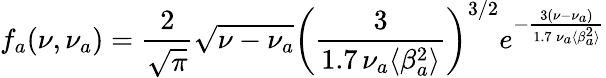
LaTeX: f_{a}(\nu,\nu_{a})=\frac{2}{\sqrt{\pi}}\sqrt{\nu-\nu_{a}}\left(\frac{3}{1.7\, \nu_{a}\langle\beta_{a}^{2}\rangle}\right)^{3/2}e^{-\frac{3(\nu-\nu_{a})}{1.7\, \nu_{a}\langle\beta_{a}^{2}\rangle}}